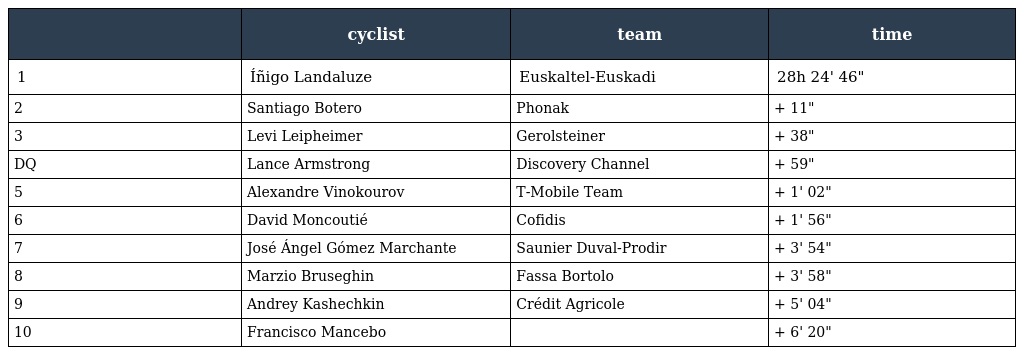
|  | cyclist | team | time |
 | --- | --- | --- | --- |
 | 1 | Íñigo Landaluze | Euskaltel-Euskadi | 28h 24' 46" |
 | 2 | Santiago Botero | Phonak | + 11" |
 | 3 | Levi Leipheimer | Gerolsteiner | + 38" |
 | DQ | Lance Armstrong | Discovery Channel | + 59" |
 | 5 | Alexandre Vinokourov | T-Mobile Team | + 1' 02" |
 | 6 | David Moncoutié | Cofidis | + 1' 56" |
 | 7 | José Ángel Gómez Marchante | Saunier Duval-Prodir | + 3' 54" |
 | 8 | Marzio Bruseghin | Fassa Bortolo | + 3' 58" |
 | 9 | Andrey Kashechkin | Crédit Agricole | + 5' 04" |
 | 10 | Francisco Mancebo |  | + 6' 20" |